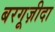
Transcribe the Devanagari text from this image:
बरगूज़ीदा